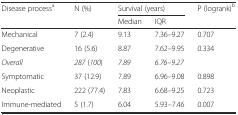
| <ROWSPAN=2> Disease processa | <ROWSPAN=2> N (%) | <COLSPAN=2> Survival (years) | <ROWSPAN=2> P (logrank)b |
 | Median | IQR |
 | --- | --- | --- | --- | --- |
 | Mechanical | 7 (2.4) | 9.13 | 7.36–9.27 | 0.707 |
 | Degenerative | 16 (5.6) | 8.87 | 7.62–9.95 | 0.334 |
 | Overall | 287 (100) | 7.89 | 6.76–9.27 |  |
 | Symptomatic | 37 (12.9) | 7.89 | 6.96–9.08 | 0.898 |
 | Neoplastic | 222 (77.4) | 7.83 | 6.68–9.25 | 0.723 |
 | Immune-mediated | 5 (1.7) | 6.04 | 5.93–7.46 | 0.007 |